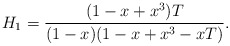
\begin{align*} H_1 = \frac{(1-x+x^3) T}{(1-x)(1-x+x^3-xT)}.\end{align*}